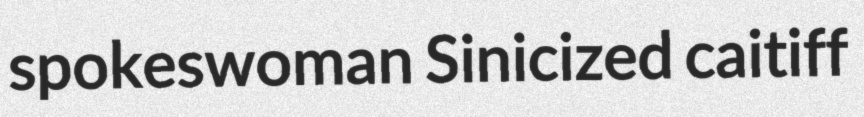
spokeswoman Sinicized caitiff